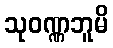
သုဝဏ္ဏဘူမိ